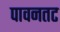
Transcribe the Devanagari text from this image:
पावनतट